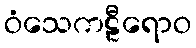
ဝံသေကဠီရောဝ